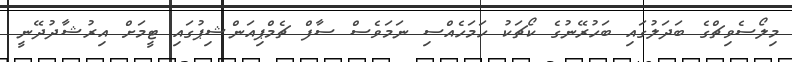
މިލޯސެވިޗްގެ ބަދަލުގައި ބަހުރޭނުގެ ކޯޗަކު ހަމަހެއްސި ނަމަވެސް ސާފް ޗެމްޕިއަންޝިޕުގައި ޓީމަށް އިރުޝާދުދޭނީ